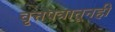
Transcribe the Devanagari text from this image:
वृत्तपत्रातूनही